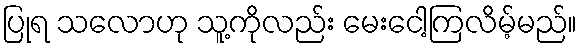
ပြုရ သလောဟု သူ့ကိုလည်း မေးငေါ့ကြလိမ့်မည်။